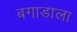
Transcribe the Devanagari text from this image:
बगाडाला